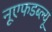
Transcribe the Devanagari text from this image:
नूएफडब्ल्यू